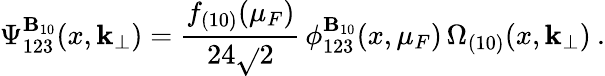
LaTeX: \Psi_{123}^{\mathbf{B}_{10}}(x,{\mathbf{k}_{\perp}})=\frac{{f_{(10)}(\mu_{F})}}{{24\sqrt{}{{2}}}}\, \phi_{123}^{\mathbf{B}_{10}}(x,\mu_{F})\, \Omega_{(10)}(x,{\mathbf{k}_{\perp}})\: .